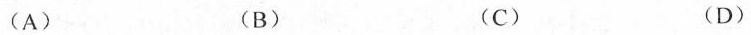
(A) (B) (C) (D)